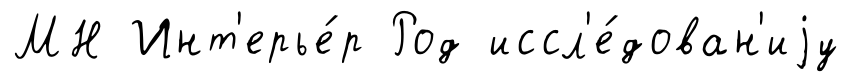
МН Инт'ерье́р Род иссл'е́дован'иjу